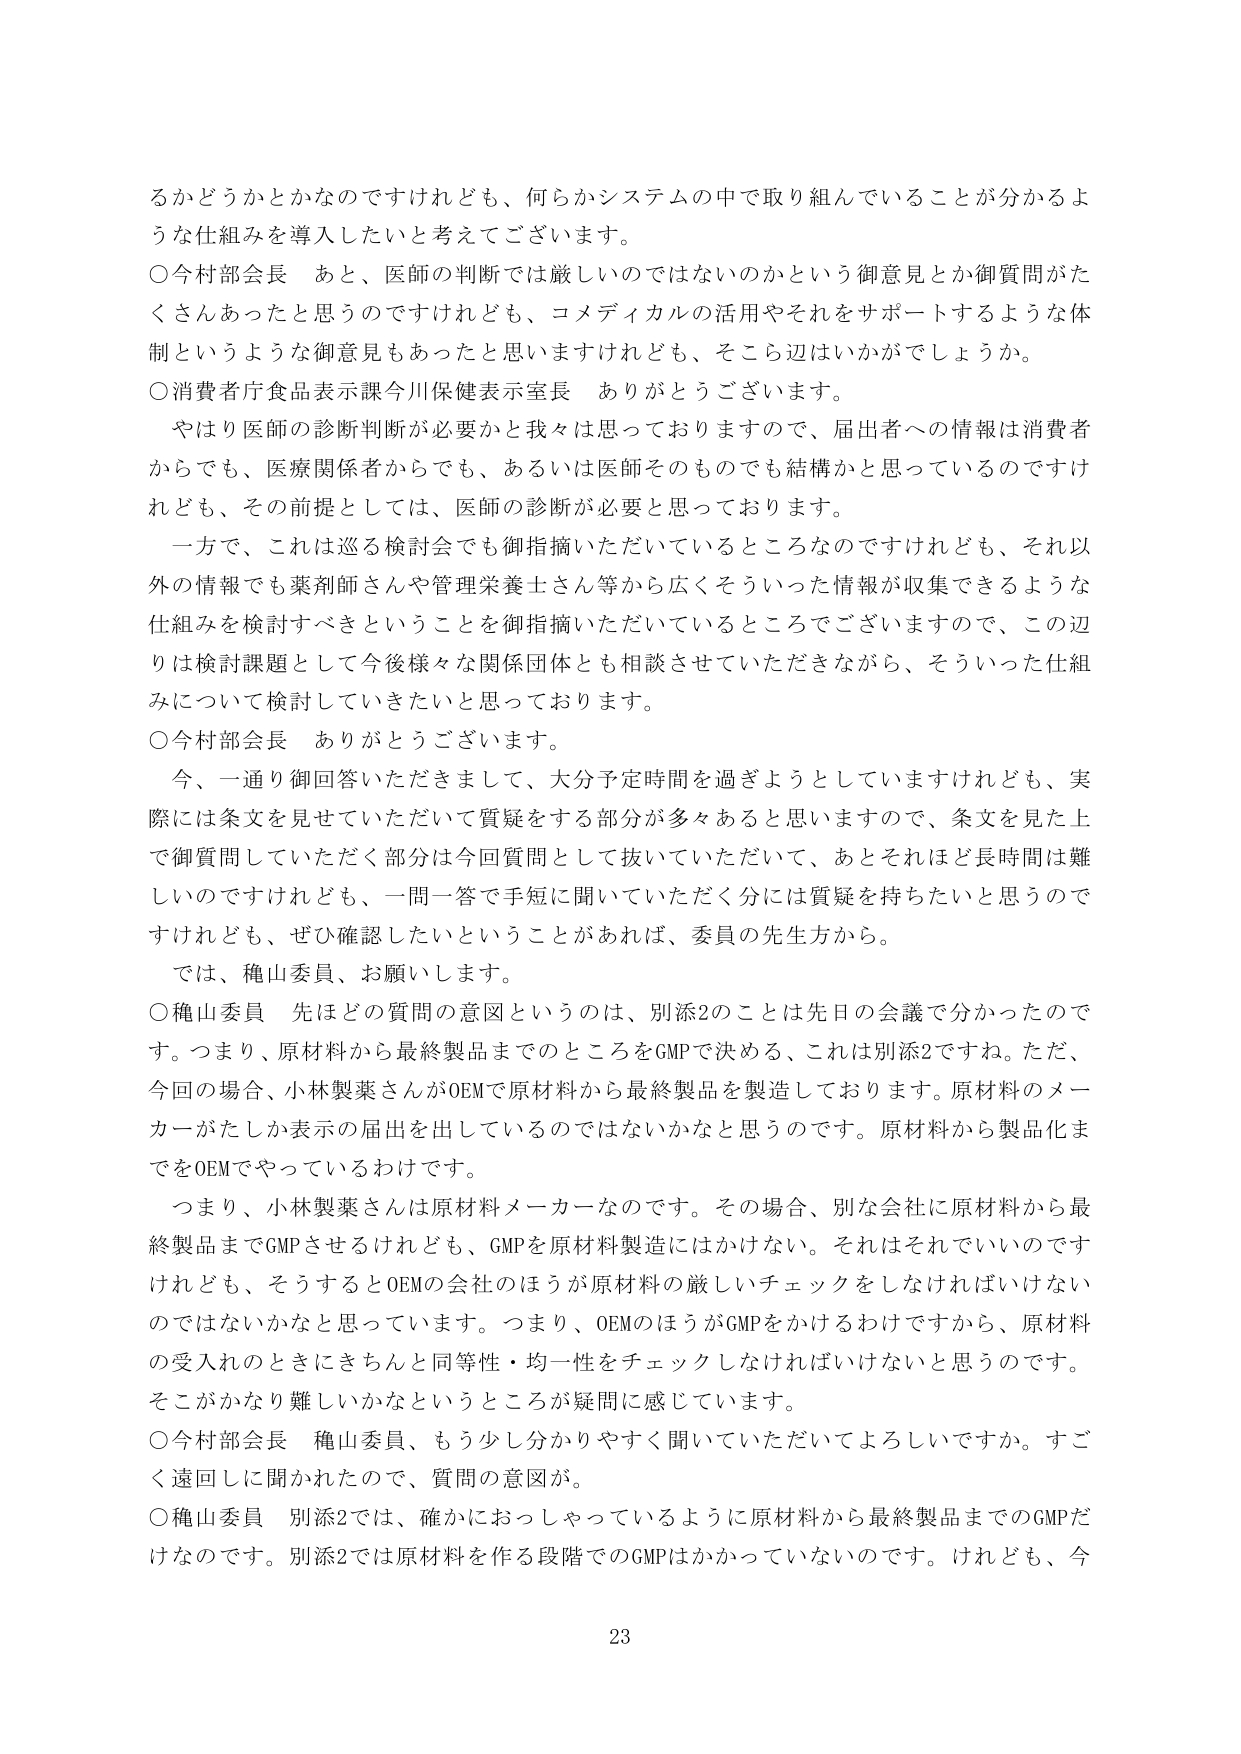
るかどうかとかなのですけれども、何らかシステムの中で取り組んでいることが分かるような仕組みを導入したいと考えてございます。

○今村部会長　あと、医師の判断では厳しいのではないのかという御意見とか御質問がたくさんあったと思うのですけれども、コメディカルの活用やそれをサポートするような体制というような御意見もあったと思いますけれども、そこら辺はいかがでしょうか。

○消費者庁食品表示課今川保健表示室長　ありがとうございます。

　やはり医師の診断判断が必要かと我々は思っておりますので、届出者への情報は消費者からでも、医療関係者からでも、あるいは医師そのものでも結構かと思っているのですけれども、その前提としては、医師の診断が必要と思っております。

　一方で、これは巡る検討会でも御指摘いただいているところなのですけれども、それ以外の情報でも薬剤師さんや管理栄養士さん等から広くそういった情報が収集できるような仕組みを検討すべきということを御指摘いただいているところでございますので、この辺りは検討課題として今後様々な関係団体とも相談させていただきながら、そういった仕組みについて検討していきたいと思っております。

○今村部会長　ありがとうございます。

　今、一通り御回答いただきましたし、大分予定時間を過ぎようとしていますけれども、実際には条文を見せていただいて質疑をする部分が多々あると思いますので、条文を見た上で御質問していただく部分は今回質問として抜いていただいて、あとそれはどれだけ長時間は難しいのですけれども、一問一答で手短に聞いていただく分には質疑を持ちたいと思うのですけれども、ぜひ確認したいということがあれば、委員の先生方から。

　では、穐山委員、お願いします。

○穐山委員　先ほどの質問の意図というのは、別添2のことは先日の会議で分かったのです。つまり、原材料から最終製品までのところをGMPで決める、これは別添2ですね。ただ、今回の場合、小林製薬さんがOEMで原材料から最終製品を製造しております。原材料のメーカーがたしか表示の届出を出しているのではないかと思うのです。原材料から製品化までをOEMでやっているわけです。

　つまり、小林製薬さんは原材料メーカーなのです。その場合、別な会社に原材料から最終製品までGMPさせるけれども、GMPを原材料製造にはかけない。それはそれでいいのですけれども、そうするとOEMの会社のほうが原材料の厳しいチェックをしなければいけないのではないかなと思っています。つまり、OEMのほうがGMPをかけるわけですから、原材料の受入れのときにきちんと同等性・均一性をチェックしなければいけないと思うのです。そこがかなり難しいかなというところが疑問に感じています。

○今村部会長　穐山委員、もう少し分かりやすく聞いていただいてよろしいですか。すごく遠回しに聞かれたので、質問の意図が。

○穐山委員　別添2では、確かにおっしゃっているように原材料から最終製品までのGMPだけなのです。別添2では原材料を作る段階でのGMPはかかっていないのです。けれども、今

23